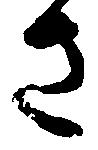
さ